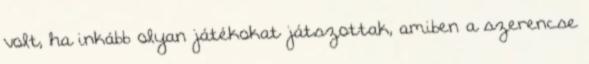
volt, ha inkább olyan játékokat játszottak, amiben a szerencse